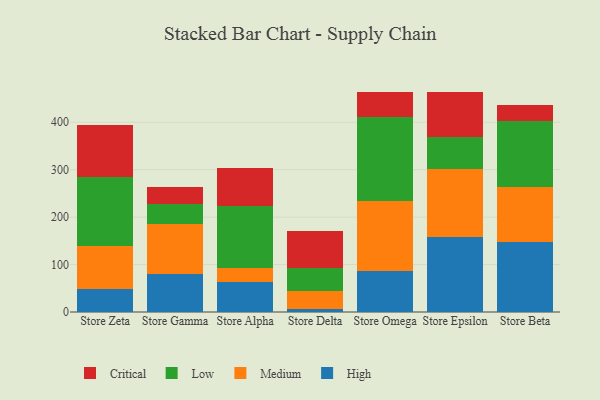
{"axis": {"x": "Store", "y": "Market Share (%)"}, "legend": ["Critical", "High", "Low", "Medium"], "data": [{"x": "Store Zeta", "y": 49.5, "type": "High"}, {"x": "Store Zeta", "y": 89.3, "type": "Medium"}, {"x": "Store Zeta", "y": 146.0, "type": "Low"}, {"x": "Store Zeta", "y": 109.5, "type": "Critical"}, {"x": "Store Gamma", "y": 79.4, "type": "High"}, {"x": "Store Gamma", "y": 105.5, "type": "Medium"}, {"x": "Store Gamma", "y": 42.1, "type": "Low"}, {"x": "Store Gamma", "y": 37.6, "type": "Critical"}, {"x": "Store Alpha", "y": 62.7, "type": "High"}, {"x": "Store Alpha", "y": 29.2, "type": "Medium"}, {"x": "Store Alpha", "y": 131.7, "type": "Low"}, {"x": "Store Alpha", "y": 79.2, "type": "Critical"}, {"x": "Store Delta", "y": 6.1, "type": "High"}, {"x": "Store Delta", "y": 38.0, "type": "Medium"}, {"x": "Store Delta", "y": 49.1, "type": "Low"}, {"x": "Store Delta", "y": 76.8, "type": "Critical"}, {"x": "Store Omega", "y": 87.1, "type": "High"}, {"x": "Store Omega", "y": 146.0, "type": "Medium"}, {"x": "Store Omega", "y": 177.4, "type": "Low"}, {"x": "Store Omega", "y": 52.4, "type": "Critical"}, {"x": "Store Epsilon", "y": 157.9, "type": "High"}, {"x": "Store Epsilon", "y": 143.9, "type": "Medium"}, {"x": "Store Epsilon", "y": 66.8, "type": "Low"}, {"x": "Store Epsilon", "y": 96.1, "type": "Critical"}, {"x": "Store Beta", "y": 147.2, "type": "High"}, {"x": "Store Beta", "y": 116.0, "type": "Medium"}, {"x": "Store Beta", "y": 139.5, "type": "Low"}, {"x": "Store Beta", "y": 34.4, "type": "Critical"}]}